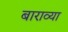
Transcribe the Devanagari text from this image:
बाराव्‍या